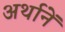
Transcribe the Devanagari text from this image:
अर्थानें